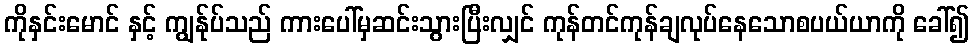
ကိုနှင်းမောင် နှင့် ကျွန်ုပ်သည် ကားပေါ်မှဆင်းသွားပြီးလျှင် ကုန်တင်ကုန်ချလုပ်နေသောစပယ်ယာကို ခေါ်၍